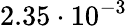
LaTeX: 2.35\cdot 10^{-3}